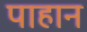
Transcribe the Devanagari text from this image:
पाहान